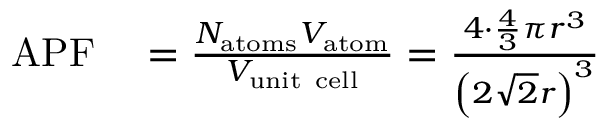
\begin{array} { r l } { \mathrm { A P F } } & { { } = { \frac { N _ { \mathrm { a t o m s } } V _ { \mathrm { a t o m } } } { V _ { \mathrm { u n i t ~ c e l l } } } } = { \frac { 4 \cdot { \frac { 4 } { 3 } } \pi r ^ { 3 } } { \left( { 2 { \sqrt { 2 } } r } \right) ^ { 3 } } } } \end{array}